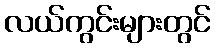
လယ်ကွင်းများတွင်